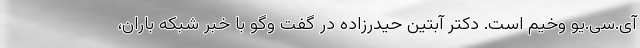
آی.سی.یو وخیم است. دکتر آبتین حیدرزاده در گفت وگو با خبر شبکه باران،